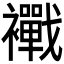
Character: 𧟀